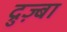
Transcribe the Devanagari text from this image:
द्रुज़्बा